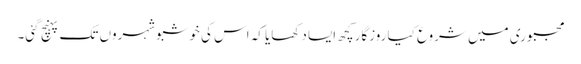
مجبوری میں شروع کیا روزگارکچھ ایسا دکھایا کہ اس کی خوشبوشہروں تک پہنچ گئی۔